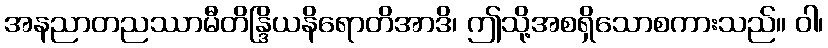
အနညာတညဿာမီတိန္ဒြိယနိရောတိအာဒိ၊ ဤသို့အစရှိသောစကားသည်။ ဝါ၊